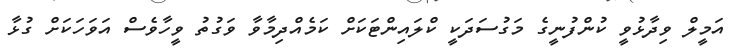
އަމީލް ވިދާޅުވީ ކުންފުނީގެ މަގުސަދަކީ ކްލައިންޓަކަށް ކަމެއްދިމާވާ ވަގުތު ވީހާވެސް އަވަހަކަށް ގުޅާ